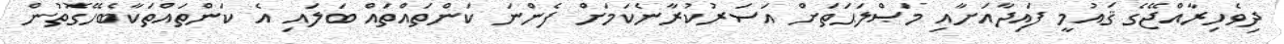
ދިވެހިރާއްޖޭގެ ޤައުމީ ފައިދާއަށާއި މަޞްލަޙަތަށް އަސަރުކުރާނެކަމަށް ފެންނަ ކަންތައްތައް ބަލައި އެ ކަންތައްތަކާބެހޭގޮތުން